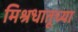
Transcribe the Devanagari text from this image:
मिश्रधातूच्या